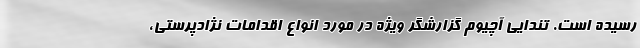
رسیده است. تندایی آچیوم گزارشگر ویژه در مورد انواع اقدامات نژادپرستی،